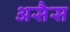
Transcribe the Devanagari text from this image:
असैस